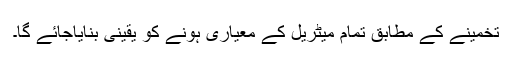
تخمینے کے مطابق تمام میٹریل کے معیاری ہونے کو یقینی بنایاجائے گا۔